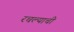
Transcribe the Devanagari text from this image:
रचल्याची